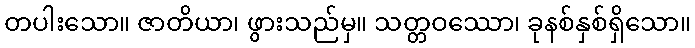
တပါးသော။ ဇာတိယာ၊ ဖွားသည်မှ။ သတ္တဝဿော၊ ခုနစ်နှစ်ရှိသော။